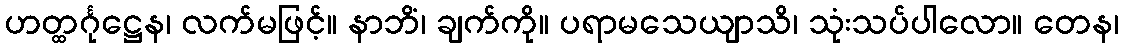
ဟတ္ထင်္ဂုဋ္ဌေန၊ လက်မဖြင့်။ နာဘိံ၊ ချက်ကို။ ပရာမသေယျာသိ၊ သုံးသပ်ပါလော။ တေန၊